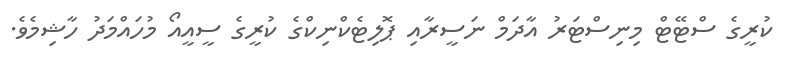
ކުރީގެ ސްޓޭޓް މިނިސްޓަރު އާދަމް ނަސީރާއި ޕޮލިޓެކްނިކްގެ ކުރީގެ ސީއީއޯ މުހައްމަދު ހާޝިމެވެ.